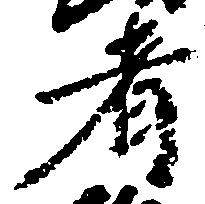
者